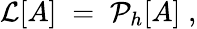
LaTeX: {\cal{L}}[A]\; =\; {\cal{P}}_{h}[A]\; ,